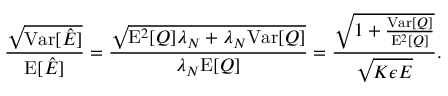
\frac { \sqrt { \mathrm { V a r } [ \hat { E } ] } } { \mathrm { E } [ \hat { E } ] } = \frac { \sqrt { \mathrm { E } ^ { 2 } [ Q ] \lambda _ { N } + \lambda _ { N } \mathrm { V a r } [ Q ] } } { \lambda _ { N } \mathrm { E } [ Q ] } = \frac { \sqrt { 1 + \frac { \mathrm { V a r } [ Q ] } { \mathrm { E } ^ { 2 } [ Q ] } } } { \sqrt { K \epsilon E } } .